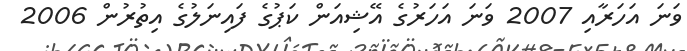
ވަނަ އަހަރާއި 2007 ވަނަ އަހަރުގެ އޭޝިއަން ކަޕުގެ ފައިނަލުގެ އިތުރުން 2006